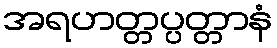
အရဟတ္တပ္ပတ္တာနံ